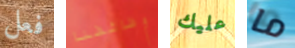
فعل وظائفنا عليك ما